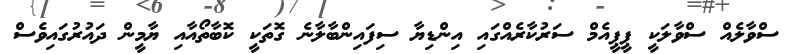
ސްވާލެއް ސްވާލަކީ ޕީޕީއެމް ސަރުކާރެއްގައި އިންޑިޔާ ސިފައިންބާލާނެ ގޮތަކީ ކޮބާތޯއާއި ޔާމީން ދައުރުގައިވެސް